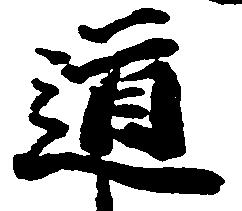
道